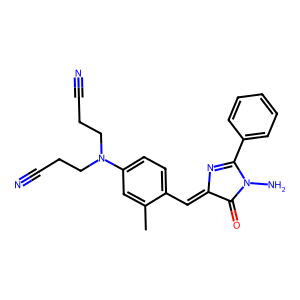
SMILES: Cc1cc(N(CCC#N)CCC#N)ccc1C=C1N=C(c2ccccc2)N(N)C1=O
Inhibits HIV replication: No